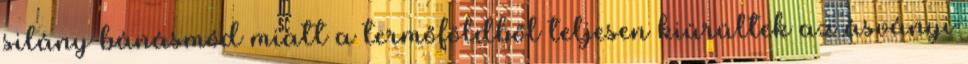
silány bánásmód miatt a termőföldből teljesen kiürültek az ásványi